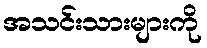
အသင်းသားများကို